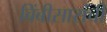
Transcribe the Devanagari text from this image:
बिंबीसारांची